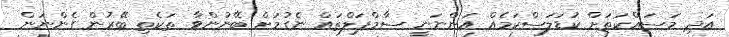
އަދި މަސައްކަތަށް ކުޑަލަސްކަމެއް އަންނަނީ ސާމްޕަލްތައް ނެގުމަށް ބޭނުންވާ ތަކެތި ބޭރުން ގެންނަން